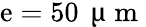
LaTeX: \mathrm{e}=50\, \mathrm{{~\textmu~m~}}